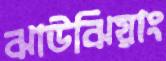
ঝাউঝিয়াং